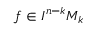
f \in I ^ { n - k } M _ { k }